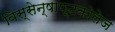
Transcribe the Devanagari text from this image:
विस्सेन्षाफ्टकोलेज